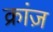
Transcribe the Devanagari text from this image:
क्रांज़